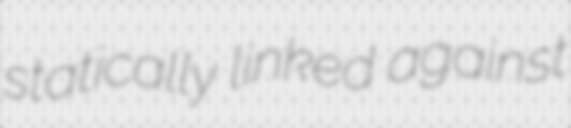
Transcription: statically linked against